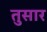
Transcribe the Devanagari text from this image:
तुसार